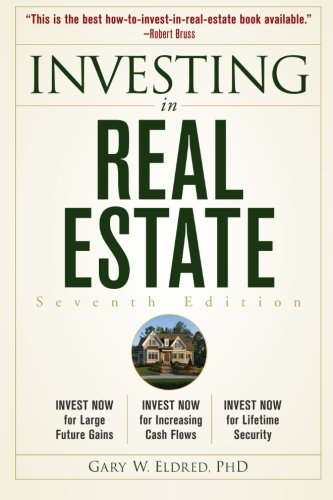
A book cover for Investing in Real Estate; Gary W. Eldred; Business & Money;